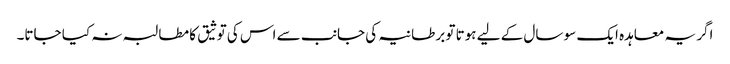
اگر یہ معاہدہ ایک سو سال کے لیے ہوتا تو برطانیہ کی جانب سے اس کی توثیق کا مطالبہ نہ کیا جاتا۔